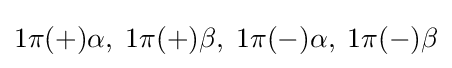
1\pi (+)\alpha ,\;1\pi (+)\beta ,\;1\pi (-)\alpha ,\;1\pi (-)\beta